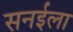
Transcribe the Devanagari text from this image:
सनईला